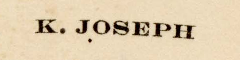
K. Joseph